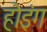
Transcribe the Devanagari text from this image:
होइंग